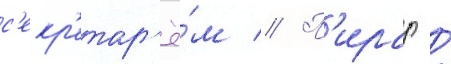
с'екр'етар'ё́м // П'ирар /